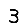
Digit: 3